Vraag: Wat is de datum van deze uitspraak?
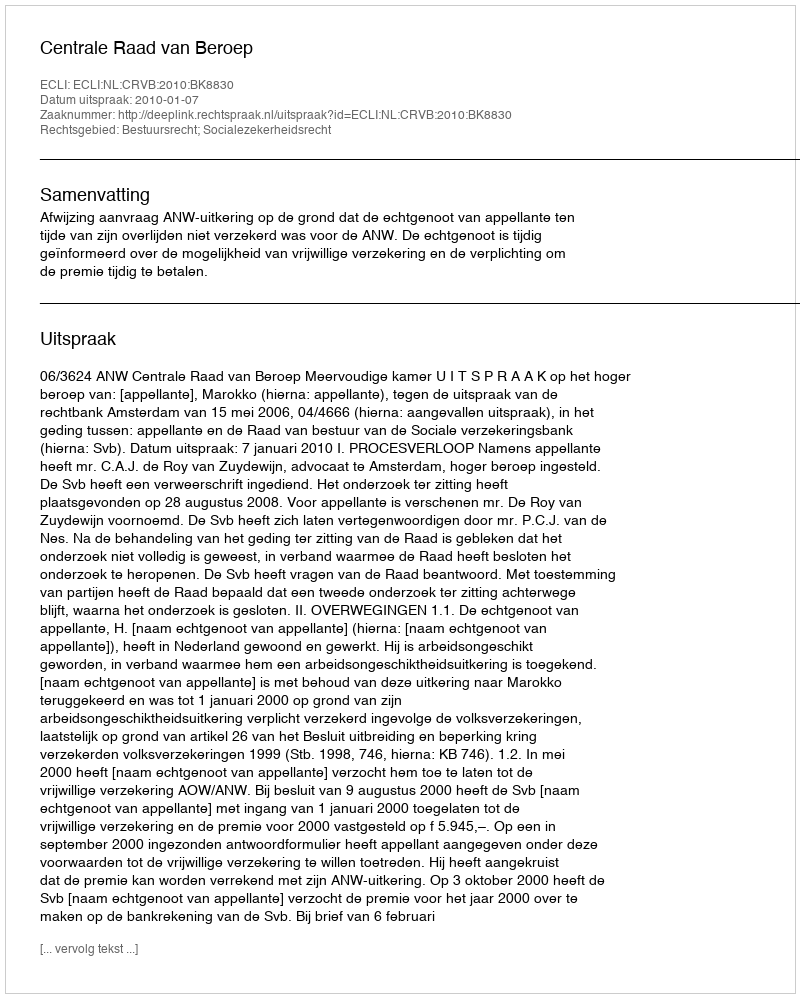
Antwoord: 2010-01-07